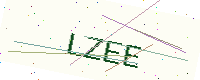
Text: LZEE